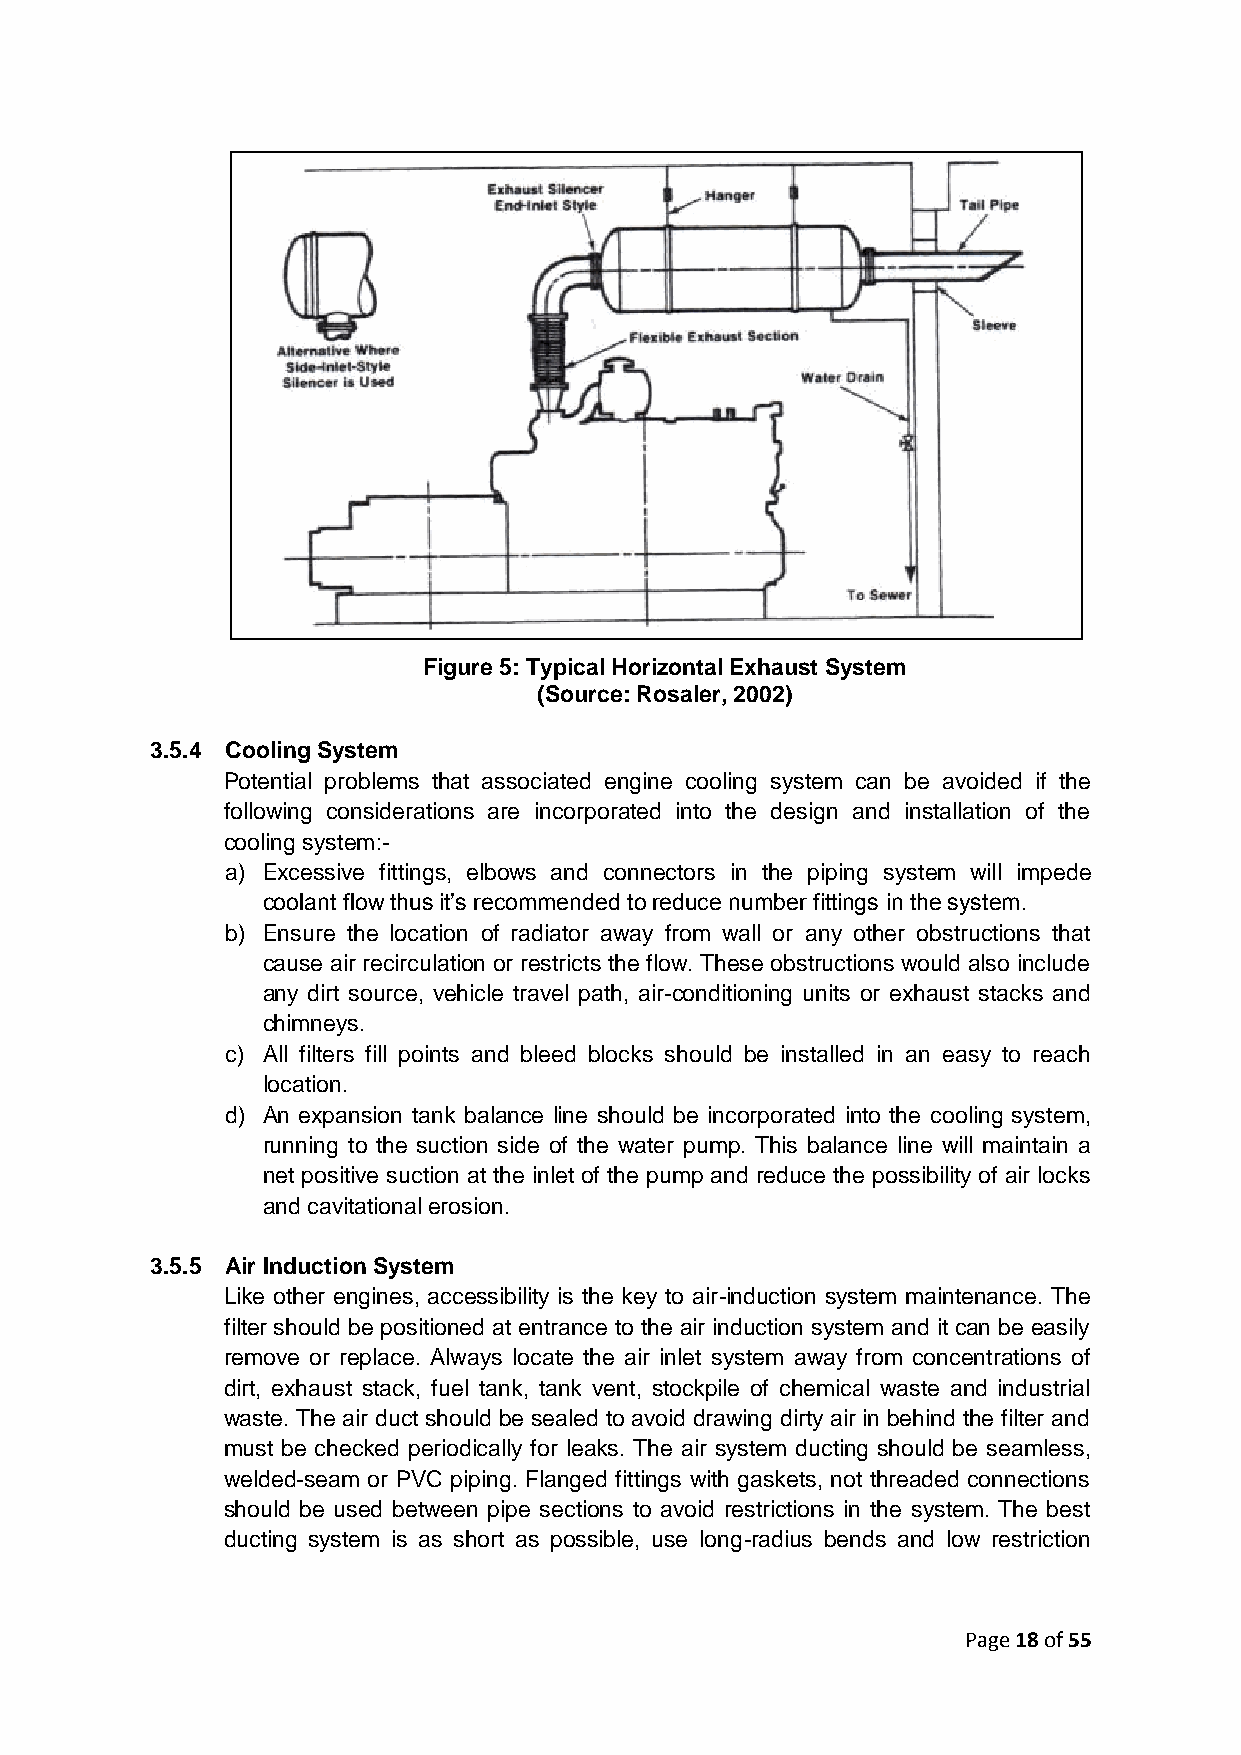
Figure 5: Typical Horizontal Exhaust System
 (Source: Rosaler, 2002)
 3.5.4 Cooling System
 Potential problems that associated engine cooling system can be avoided if the
 following considerations are incorporated into the design and installation of the
 cooling system:-
 a) Excessive fittings, elbows and connectors in the piping system will impede
 coolant flow thus it’s recommended to reduce number fittings in the system.
 b) Ensure the location of radiator away from wall or any other obstructions that
 cause air recirculation or restricts the flow. These obstructions would also include
 any dirt source, vehicle travel path, air-conditioning units or exhaust stacks and
 chimneys.
 c) All filters fill points and bleed blocks should be installed in an easy to reach
 location.
 d) An expansion tank balance line should be incorporated into the cooling system,
 running to the suction side of the water pump. This balance line will maintain a
 net positive suction at the inlet of the pump and reduce the possibility of air locks
 and cavitational erosion.
 3.5.5 Air Induction System
 Like other engines, accessibility is the key to air-induction system maintenance. The
 filter should be positioned at entrance to the air induction system and it can be easily
 remove or replace. Always locate the air inlet system away from concentrations of
 dirt, exhaust stack, fuel tank, tank vent, stockpile of chemical waste and industrial
 waste. The air duct should be sealed to avoid drawing dirty air in behind the filter and
 must be checked periodically for leaks. The air system ducting should be seamless,
 welded-seam or PVC piping. Flanged fittings with gaskets, not threaded connections
 should be used between pipe sections to avoid restrictions in the system. The best
 ducting system is as short as possible, use long-radius bends and low restriction
 Page 18 of 55